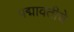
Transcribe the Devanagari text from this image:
पद्मावतीचे